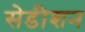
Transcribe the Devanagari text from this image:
सेडीशन